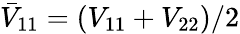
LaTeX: \bar{V}_{11}=(V_{11}+V_{22})/2